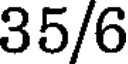
35/6